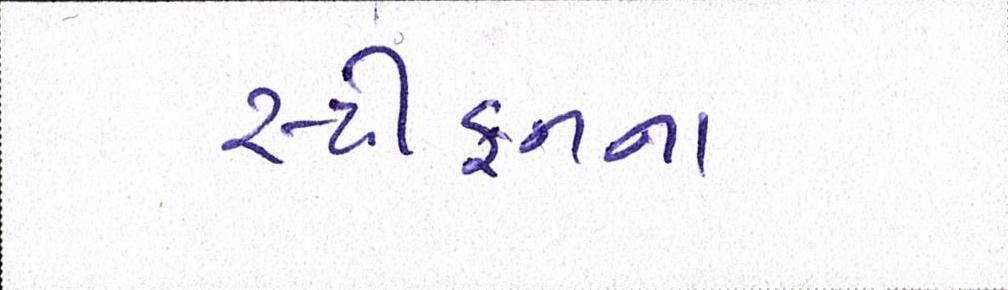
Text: સ્ટીફનના